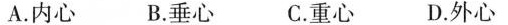
A.内心 B.垂心 C.重心 D.外心